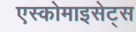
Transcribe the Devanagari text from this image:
एस्कोमाइसेट्स